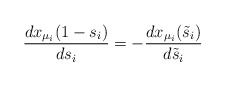
\begin{align*}\frac{dx_{\mu_i}(1-s_i)}{ds_i}=-\frac{dx_{\mu_i}(\tilde{s}_i)}{d\tilde{s}_i}\end{align*}